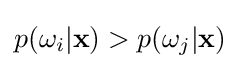
p(\omega _{i}|\mathbf {x} )>p(\omega _{j}|\mathbf {x} )